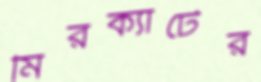
মিরক্যাটের